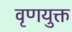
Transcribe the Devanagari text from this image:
वृणयुक्त